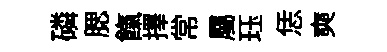
磷腮餼擇常屬珏恁奭